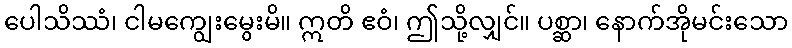
ပေါသိဿံ၊ ငါမကျွေးမွေးမိ။ ဣတိ ဧဝံ၊ ဤသို့လျှင်။ ပစ္ဆာ၊ နောက်အိုမင်းသော